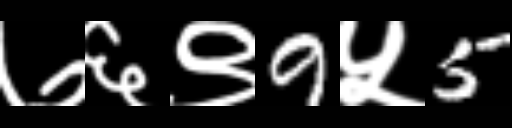
Text: ७६९9५5